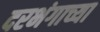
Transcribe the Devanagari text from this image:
दरभंगाच्या